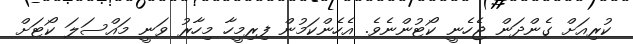
ކުރިއަށް ގެންދަން ޖެހެނީ ކޯޓުންނެވެ. އެހެންކަމުން ފިރިމީހާ މިހާރު ވަނީ މައްސަލަ ކޯޓަށް